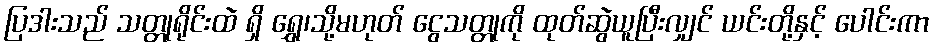
ပြဒါးသည် သတ္တုရိုင်းထဲ ရှိ ရွှေ၊သို့မဟုတ် ငွေသတ္တုကို ထုတ်ဆွဲယူပြီးလျှင် ယင်းတို့နှင့် ပေါင်းကာ